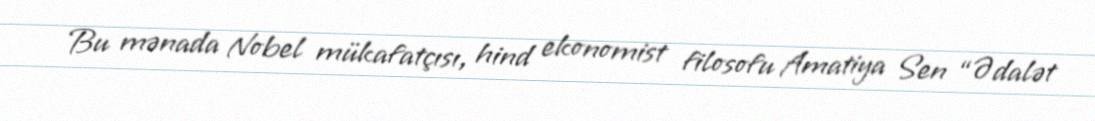
Bu mənada Nobel mükafatçısı, hind ekonomist filosofu Amatiya Sen “Ədalət